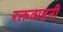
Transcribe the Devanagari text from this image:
रक्तवाहनी